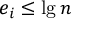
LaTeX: e _ { i } \leq \lg n